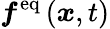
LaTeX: \boldsymbol{f}^{\mathrm{eq}}\left(\boldsymbol{x},t\right)